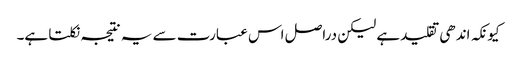
کیونکہ اندھی تقلید ہے لیکن دراصل اس عبارت سے یہ نتیجہ نکلتا ہے۔